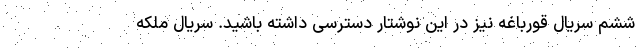
ششم سریال قورباغه نیز در این نوشتار دسترسی داشته باشید. سریال ملکه